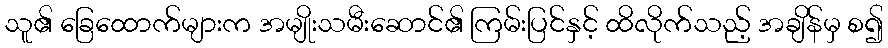
သူ၏ ခြေထောက်များက အမျိုးသမီးဆောင်၏ ကြမ်းပြင်နှင့် ထိလိုက်သည့် အချိန်မှ စ၍